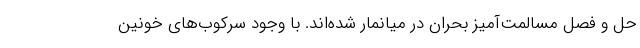
حل و فصل مسالمت‌آمیز بحران در میانمار شده‌اند. با وجود سرکوب‌های خونین